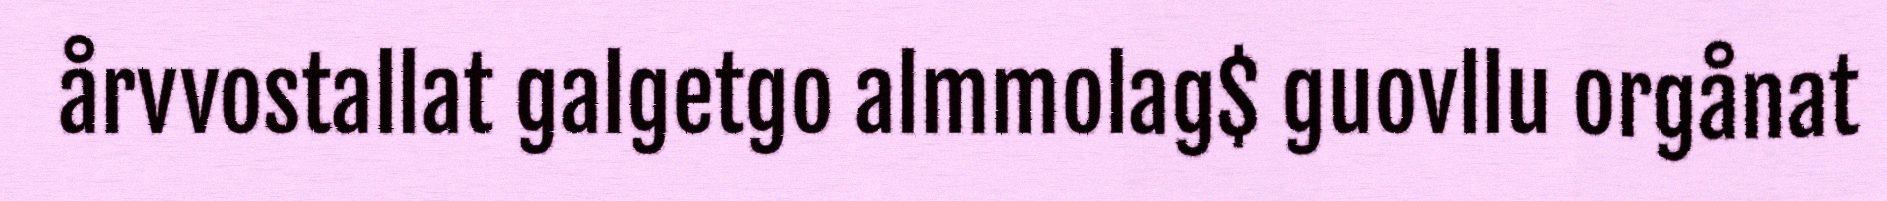
årvvostallat galgetgo almmolag$ guovllu orgånat